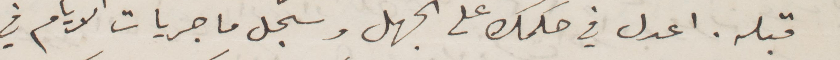
قبله. اعدل في حكمك على الجهل وسجل ما جريات الأيام في